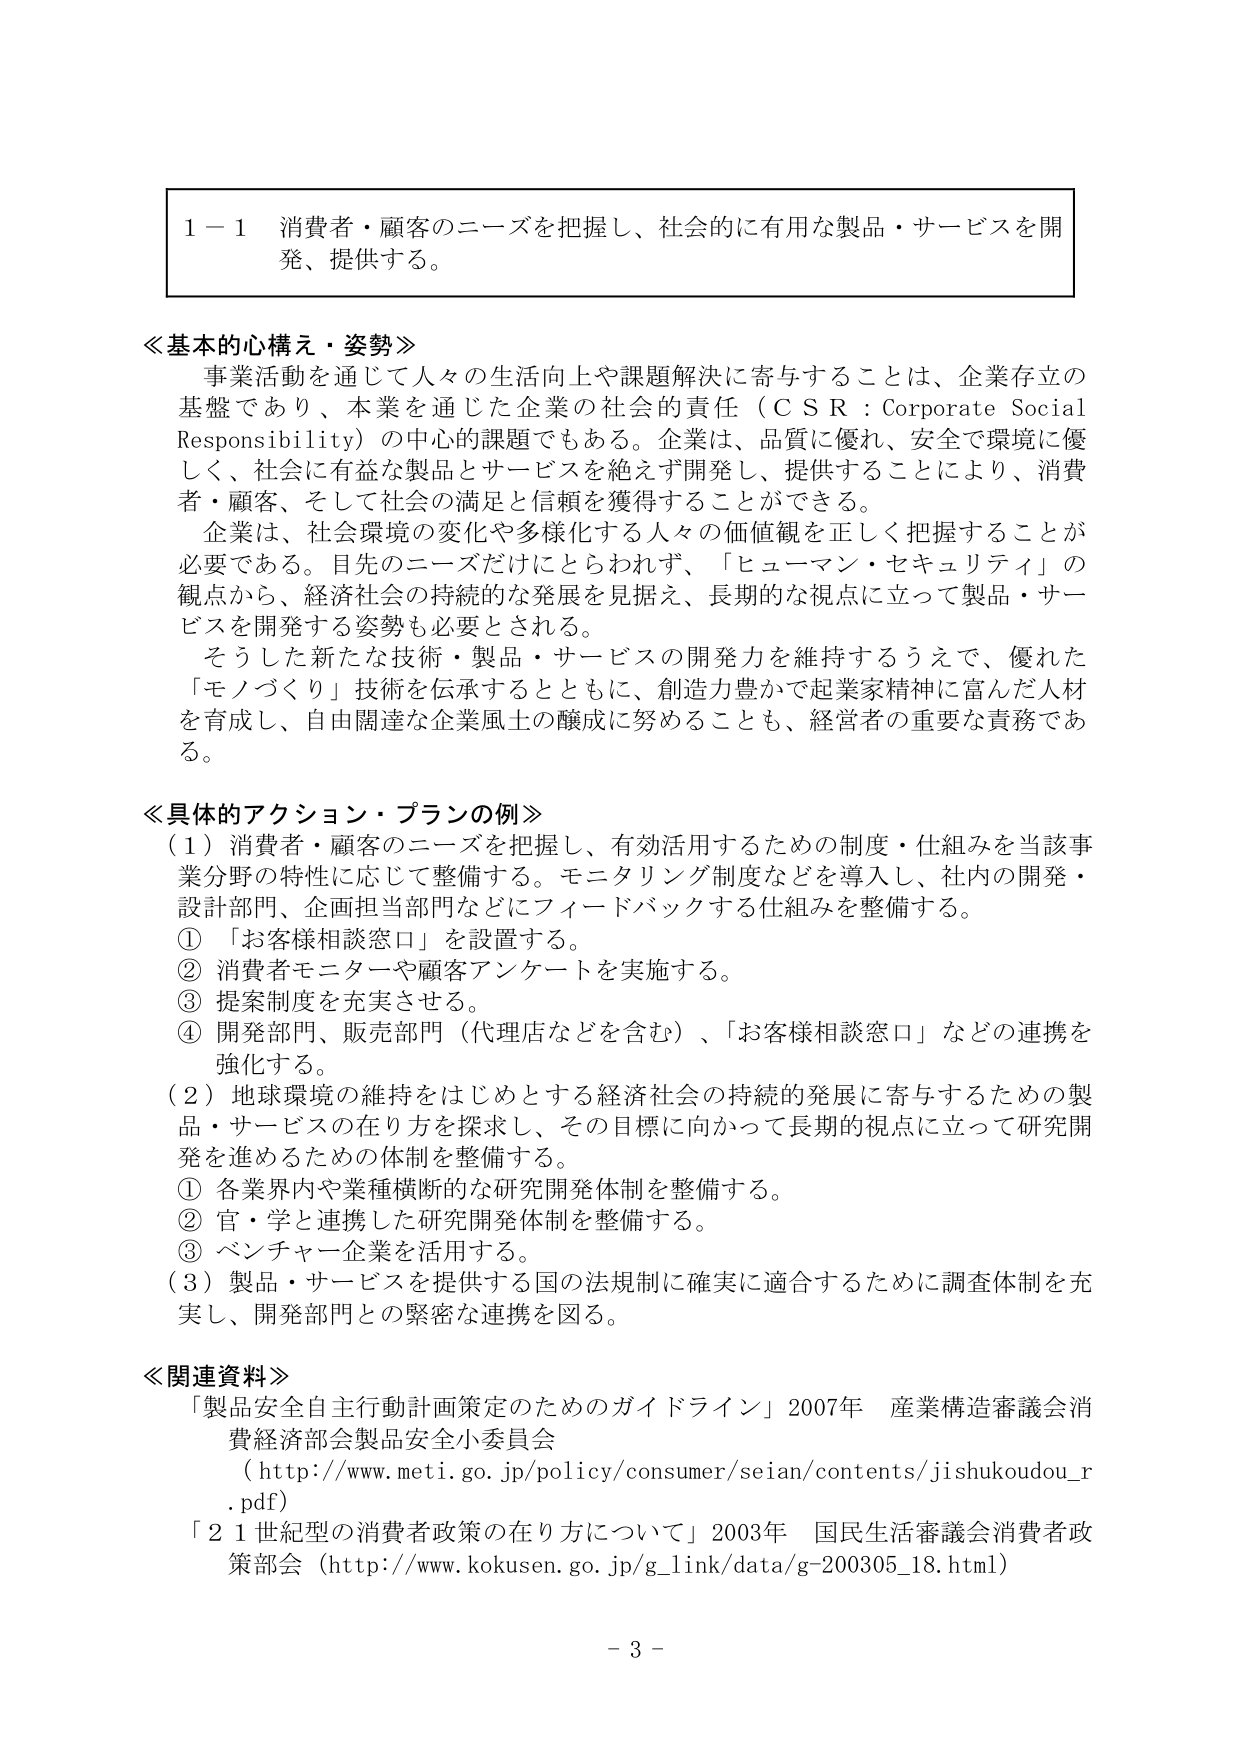
1－1 消費者・顧客のニーズを把握し、社会的に有用な製品・サービスを開発、提供する。

≪基本的心構え・姿勢≫
事業活動を通じて人々の生活向上や課題解決に寄与することは、企業存立の基盤であり、本業を通じた企業の社会的責任（ＣＳＲ：Corporate Social Responsibility）の中心的課題でもある。企業は、品質に優れ、安全で環境に優しく、社会に有益な製品とサービスを絶えず開発し、提供することにより、消費者・顧客、そして社会の満足と信頼を獲得することができる。
企業は、社会環境の変化や多様化する人々の価値観を正しく把握することが必要である。目先のニーズだけにとらわれず、「ヒューマン・セキュリティ」の観点から、経済社会の持続的な発展を見据え、長期的な視点に立って製品・サービスを開発する姿勢も必要とされる。
そうした新たな技術・製品・サービスの開発力を維持するうえで、優れた「モノづくり」技術を伝承するとともに、創造力豊かで起業家精神に富んだ人材を育成し、自由闊達な企業風土の醸成に努めることも、経営者の重要な責務である。

≪具体的アクション・プランの例≫
（1）消費者・顧客のニーズを把握し、有効活用するための制度・仕組みを当該事業分野の特性に応じて整備する。モニタリング制度などを導入し、社内の開発・設計部門、企画担当部門などにフィードバックする仕組みを整備する。
① 「お客様相談窓口」を設置する。
② 消費者モニターや顧客アンケートを実施する。
③ 提案制度を充実させる。
④ 開発部門、販売部門（代理店などを含む）、「お客様相談窓口」などの連携を強化する。
（2）地球環境の維持をはじめとする経済社会の持続的発展に寄与するための製品・サービスの在り方を探求し、その目標に向かって長期的視点に立って研究開発を進めるための体制を整備する。
① 各業界内や業種横断的な研究開発体制を整備する。
② 官・学と連携した研究開発体制を整備する。
③ ベンチャー企業を活用する。
（3）製品・サービスを提供する国の法規制に確実に適合するために調査体制を充実し、開発部門との緊密な連携を図る。

≪関連資料≫
「製品安全自主行動計画策定のためのガイドライン」2007年 産業構造審議会消費経済部会製品安全小委員会
（http://www.meti.go.jp/policy/consumer/seian/contents/jishukoudou_r.pdf）
「21世紀型の消費者政策の在り方について」2003年 国民生活審議会消費者政策部会（http://www.kokusen.go.jp/g_link/data/g-200305_18.html）

－ 3 －